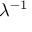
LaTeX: \lambda ^ { - 1 }